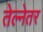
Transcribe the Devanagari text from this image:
तेल्नेतर